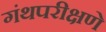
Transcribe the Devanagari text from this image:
गंथपरीक्षणे